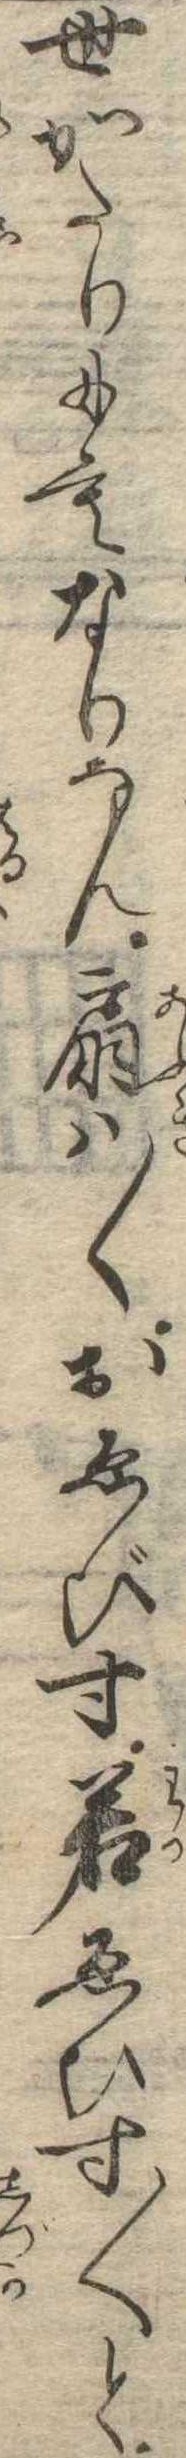
世がたりにもなりなん扇は〱おゑびす若ゑひす〱と